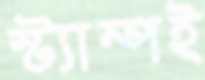
স্ট্যাম্পই